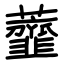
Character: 虀